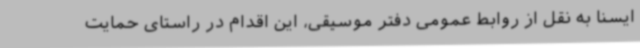
ایسنا به نقل از روابط عمومی دفتر موسیقی، این اقدام در راستای حمایت